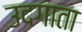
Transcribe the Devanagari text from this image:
उदगाता